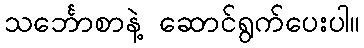
သင်္ဘောစာနဲ့ ဆောင်ရွက်ပေးပါ။